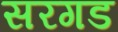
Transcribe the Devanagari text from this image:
सरगड